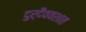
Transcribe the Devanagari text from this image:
दुर्दैववशात